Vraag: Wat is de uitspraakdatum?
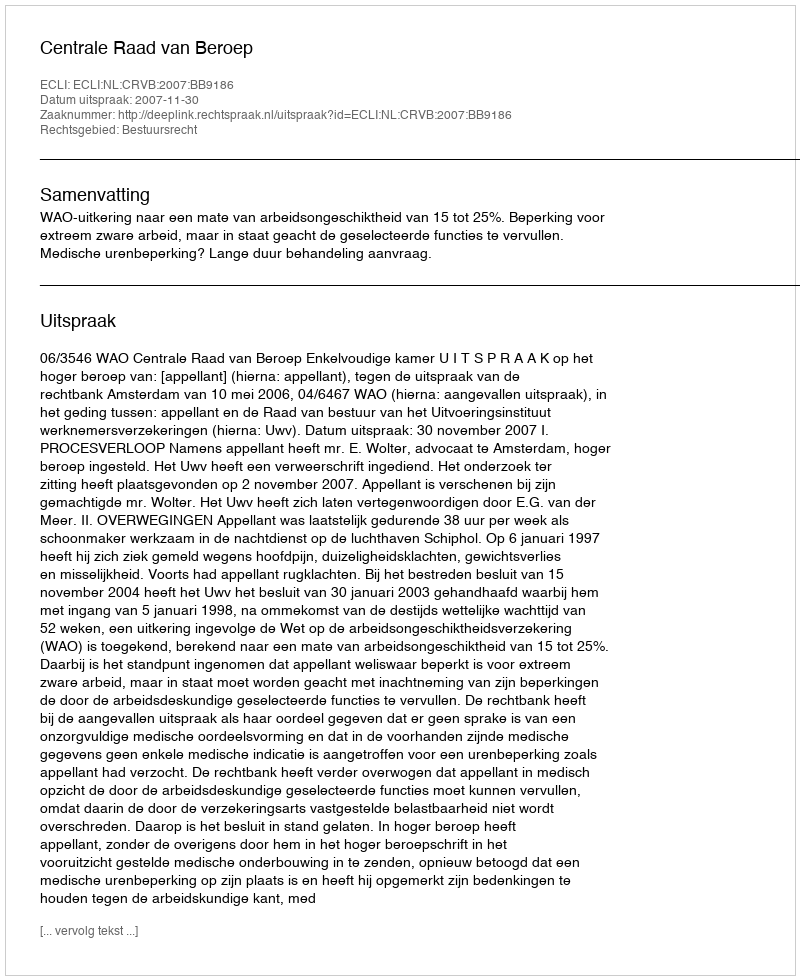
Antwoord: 2007-11-30